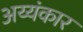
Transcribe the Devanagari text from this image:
अय्यंकार